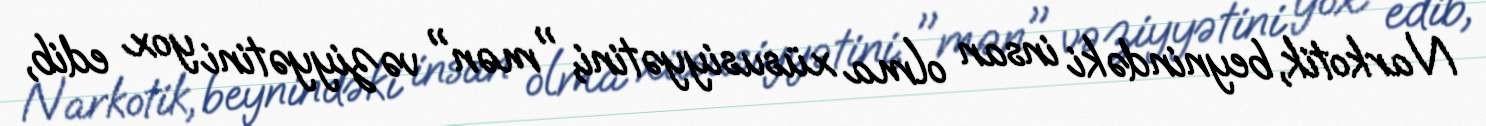
Narkotik, beynindəki insan olma xüsusiyyətini, "mən" vəziyyətini yox edib,